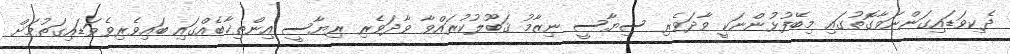
ދެކިވަޑައިގަންނަވާގޮތުގައި މިބޭފުޅުންނަކީ ވާދަވެރި ސިޔާސީ ނިޒާމު ޤަބޫލުކުރައްވާ ވާދަވެރި ރިޔާސީ އިންތިޚާބެއްގައި ބައިވެރިވެވަޑައިގަތުމަށް